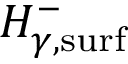
H _ { \gamma , \mathrm { s u r f } } ^ { - }